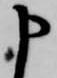
申